Bréfritari: Soffía Daníelsdóttir
Viðtakandi: Jakobína Magnúsdóttir og Daníel Halldórsson
Dagsetning: A-1901-XX-XX
Skrifað á: Skeggjastöðum  N-Múl.
Soffía var dóttir Jakobínu og Daníels

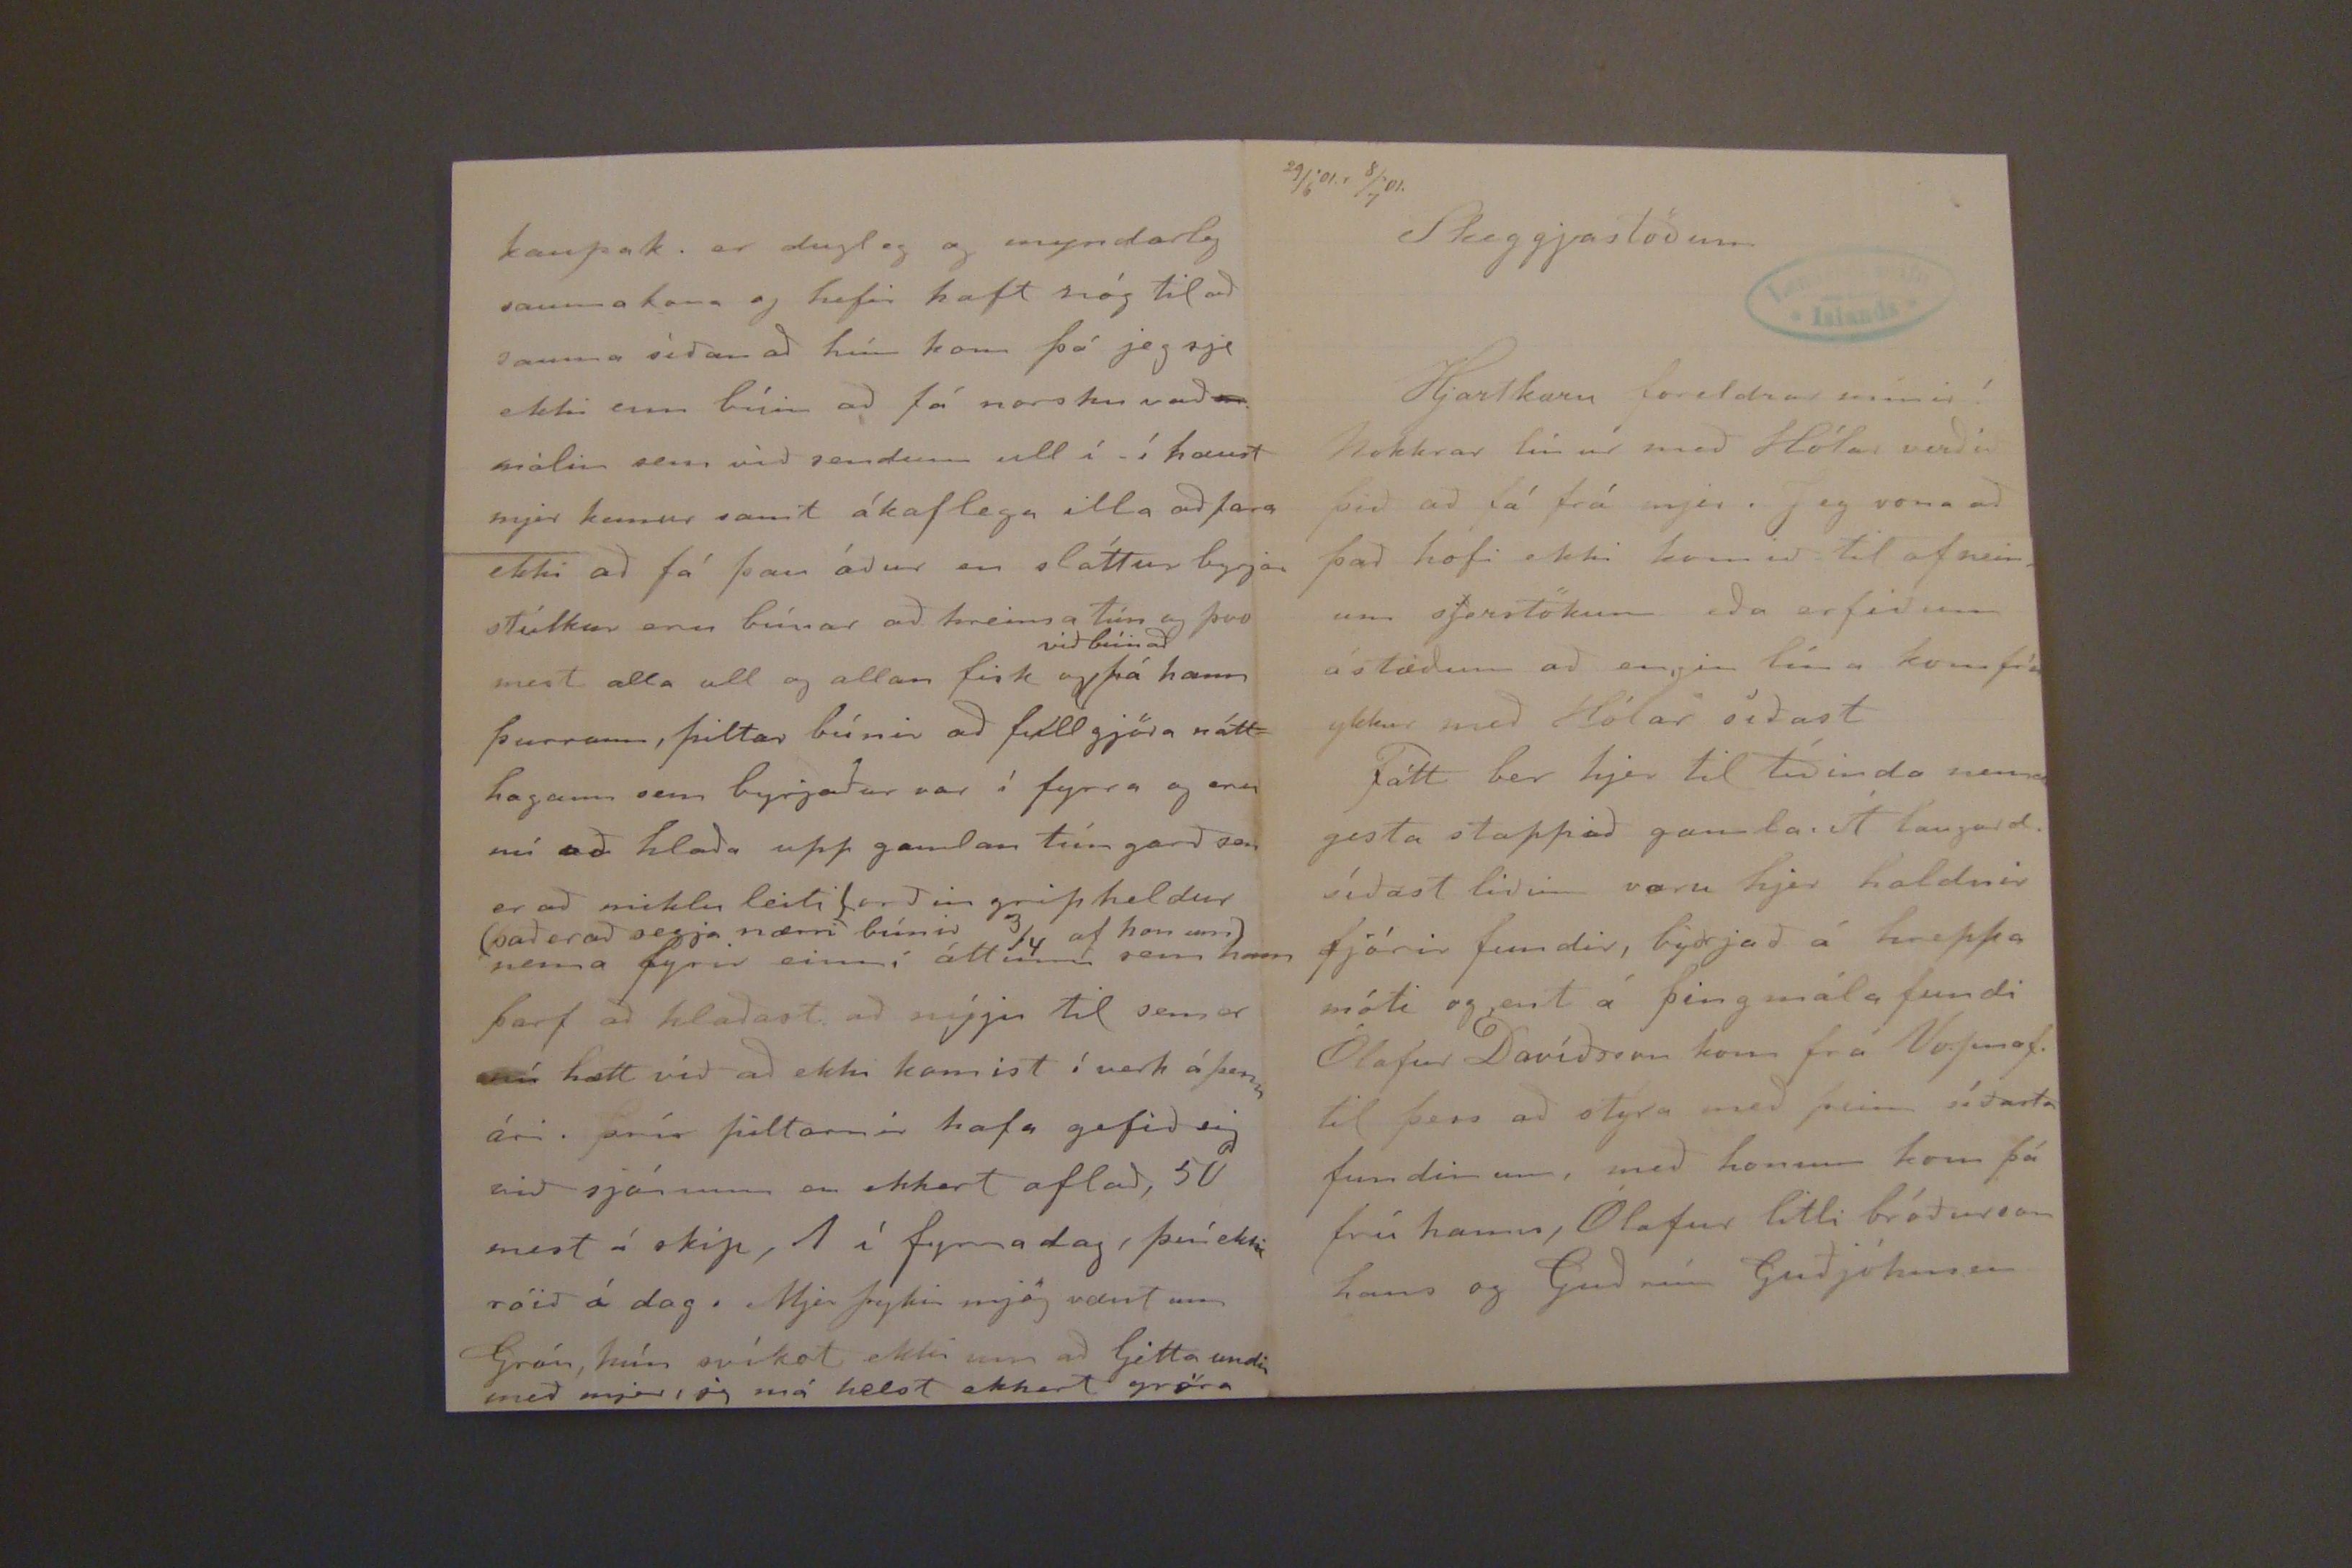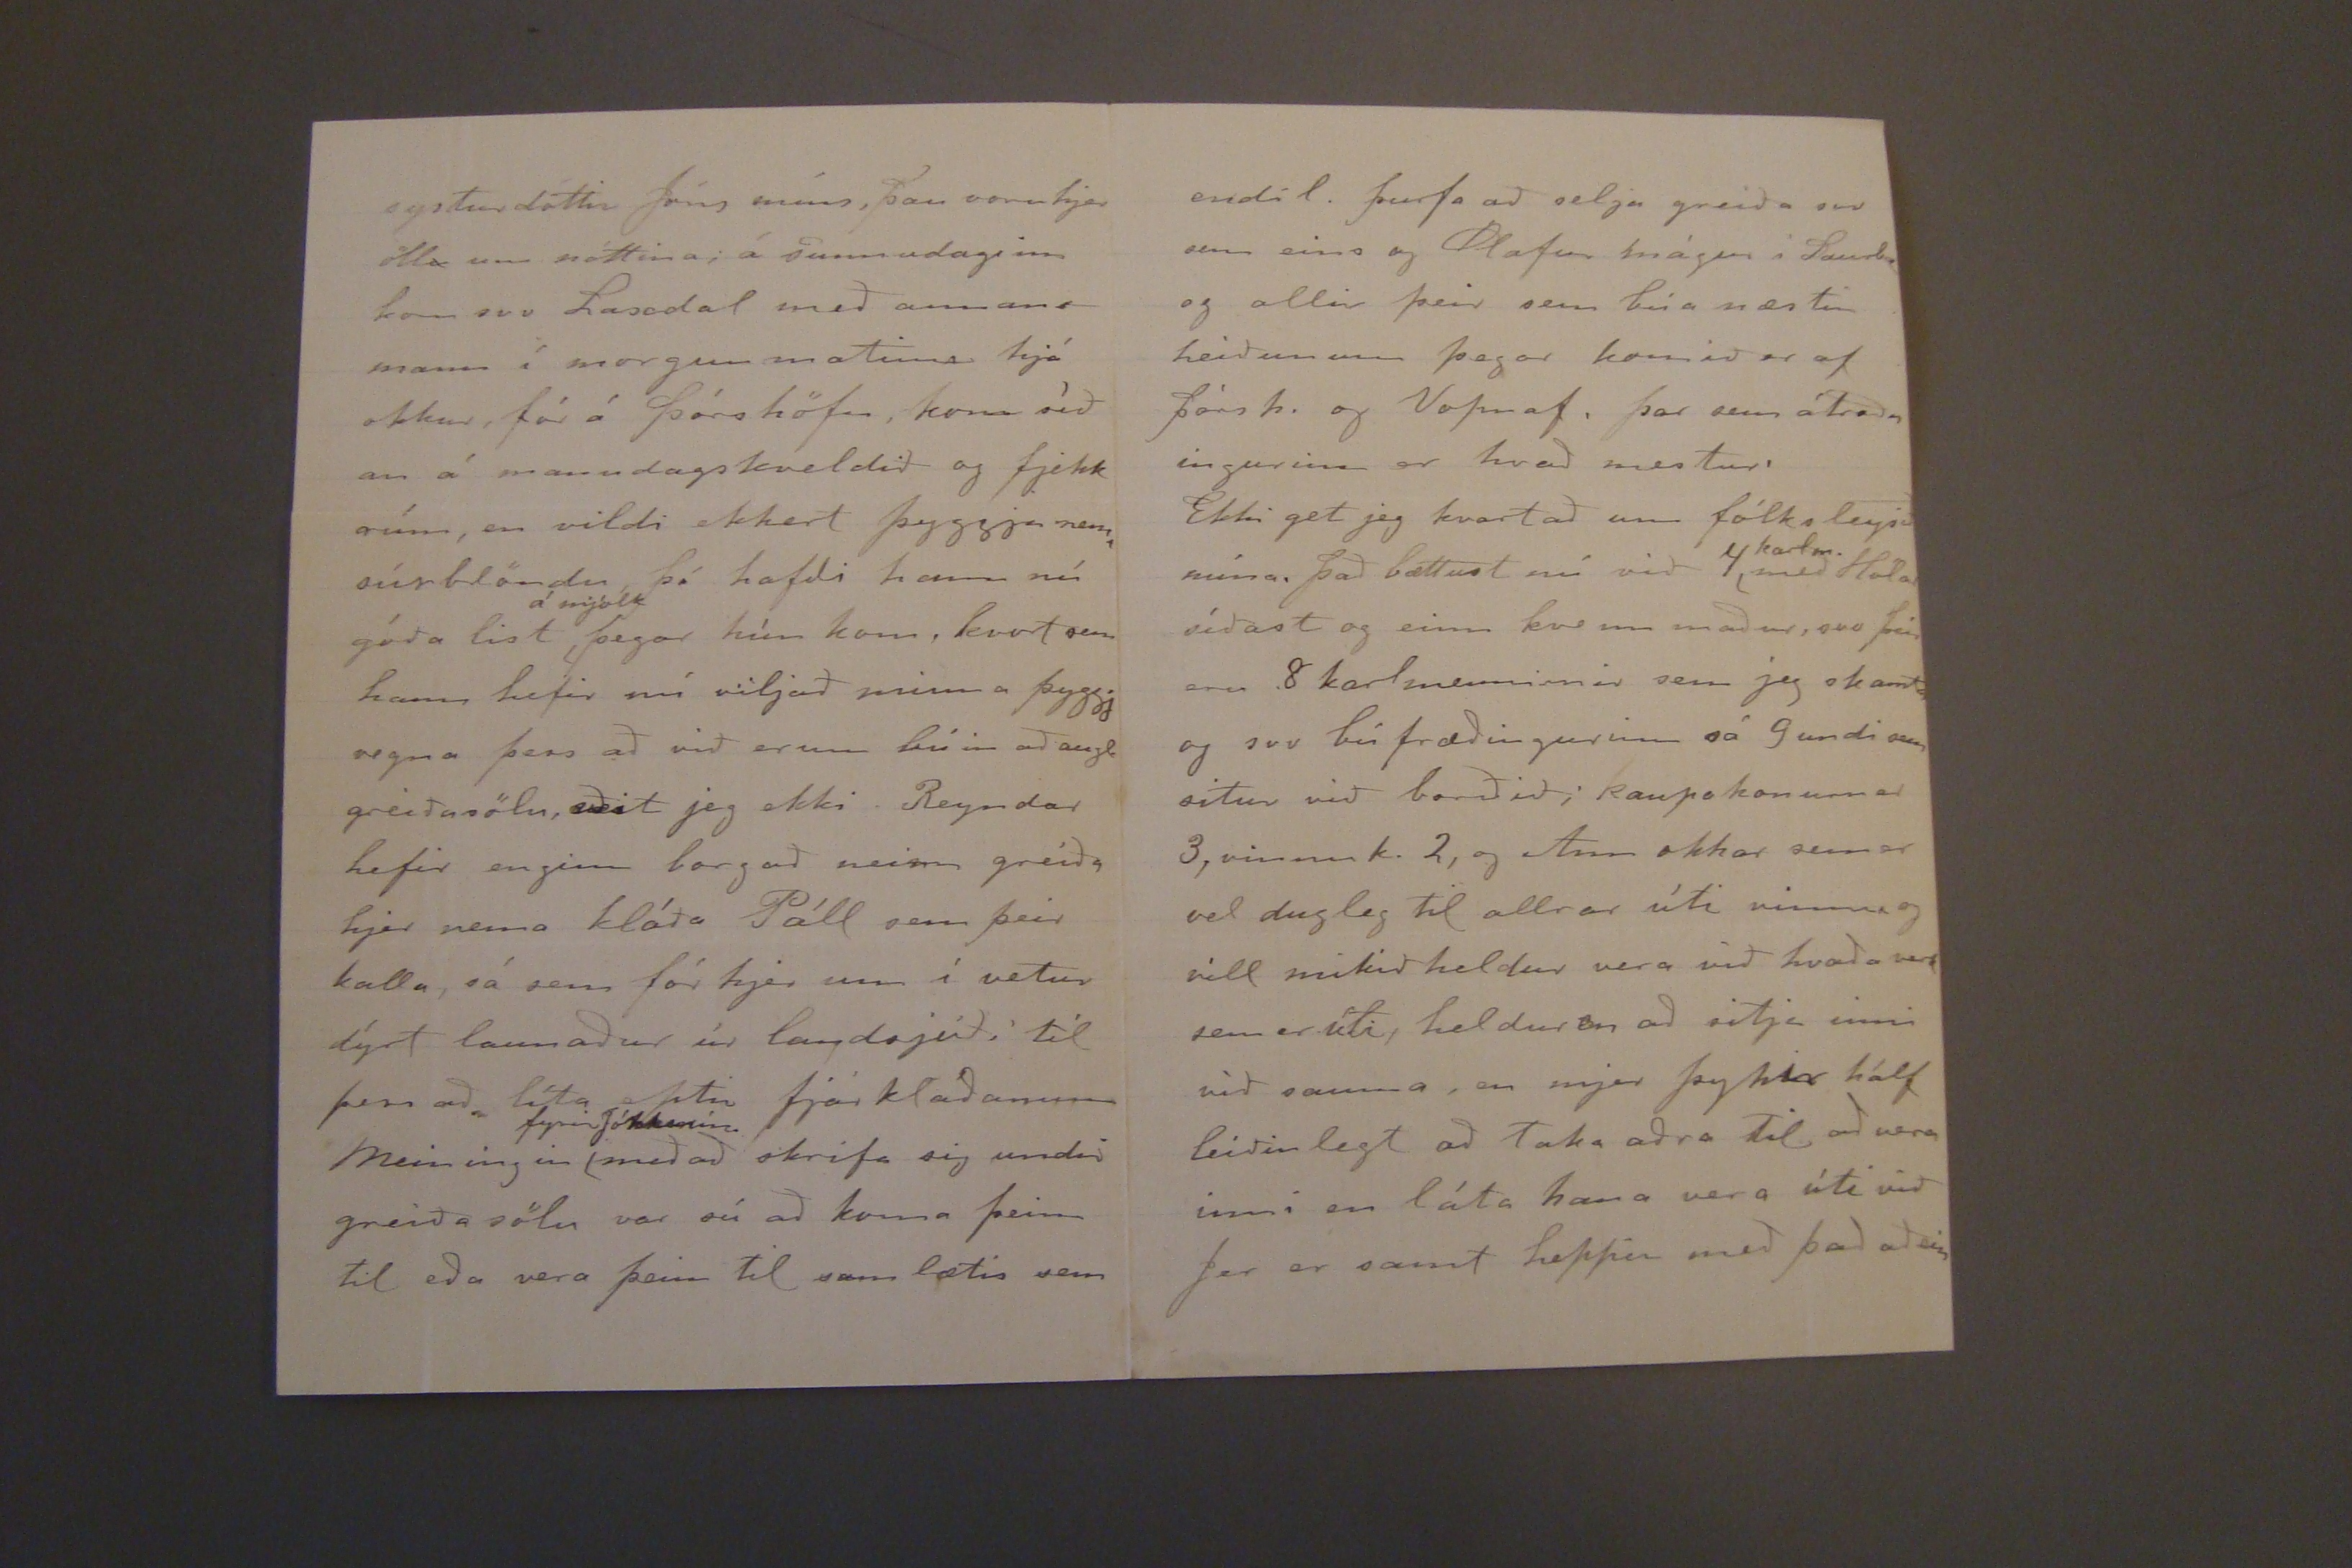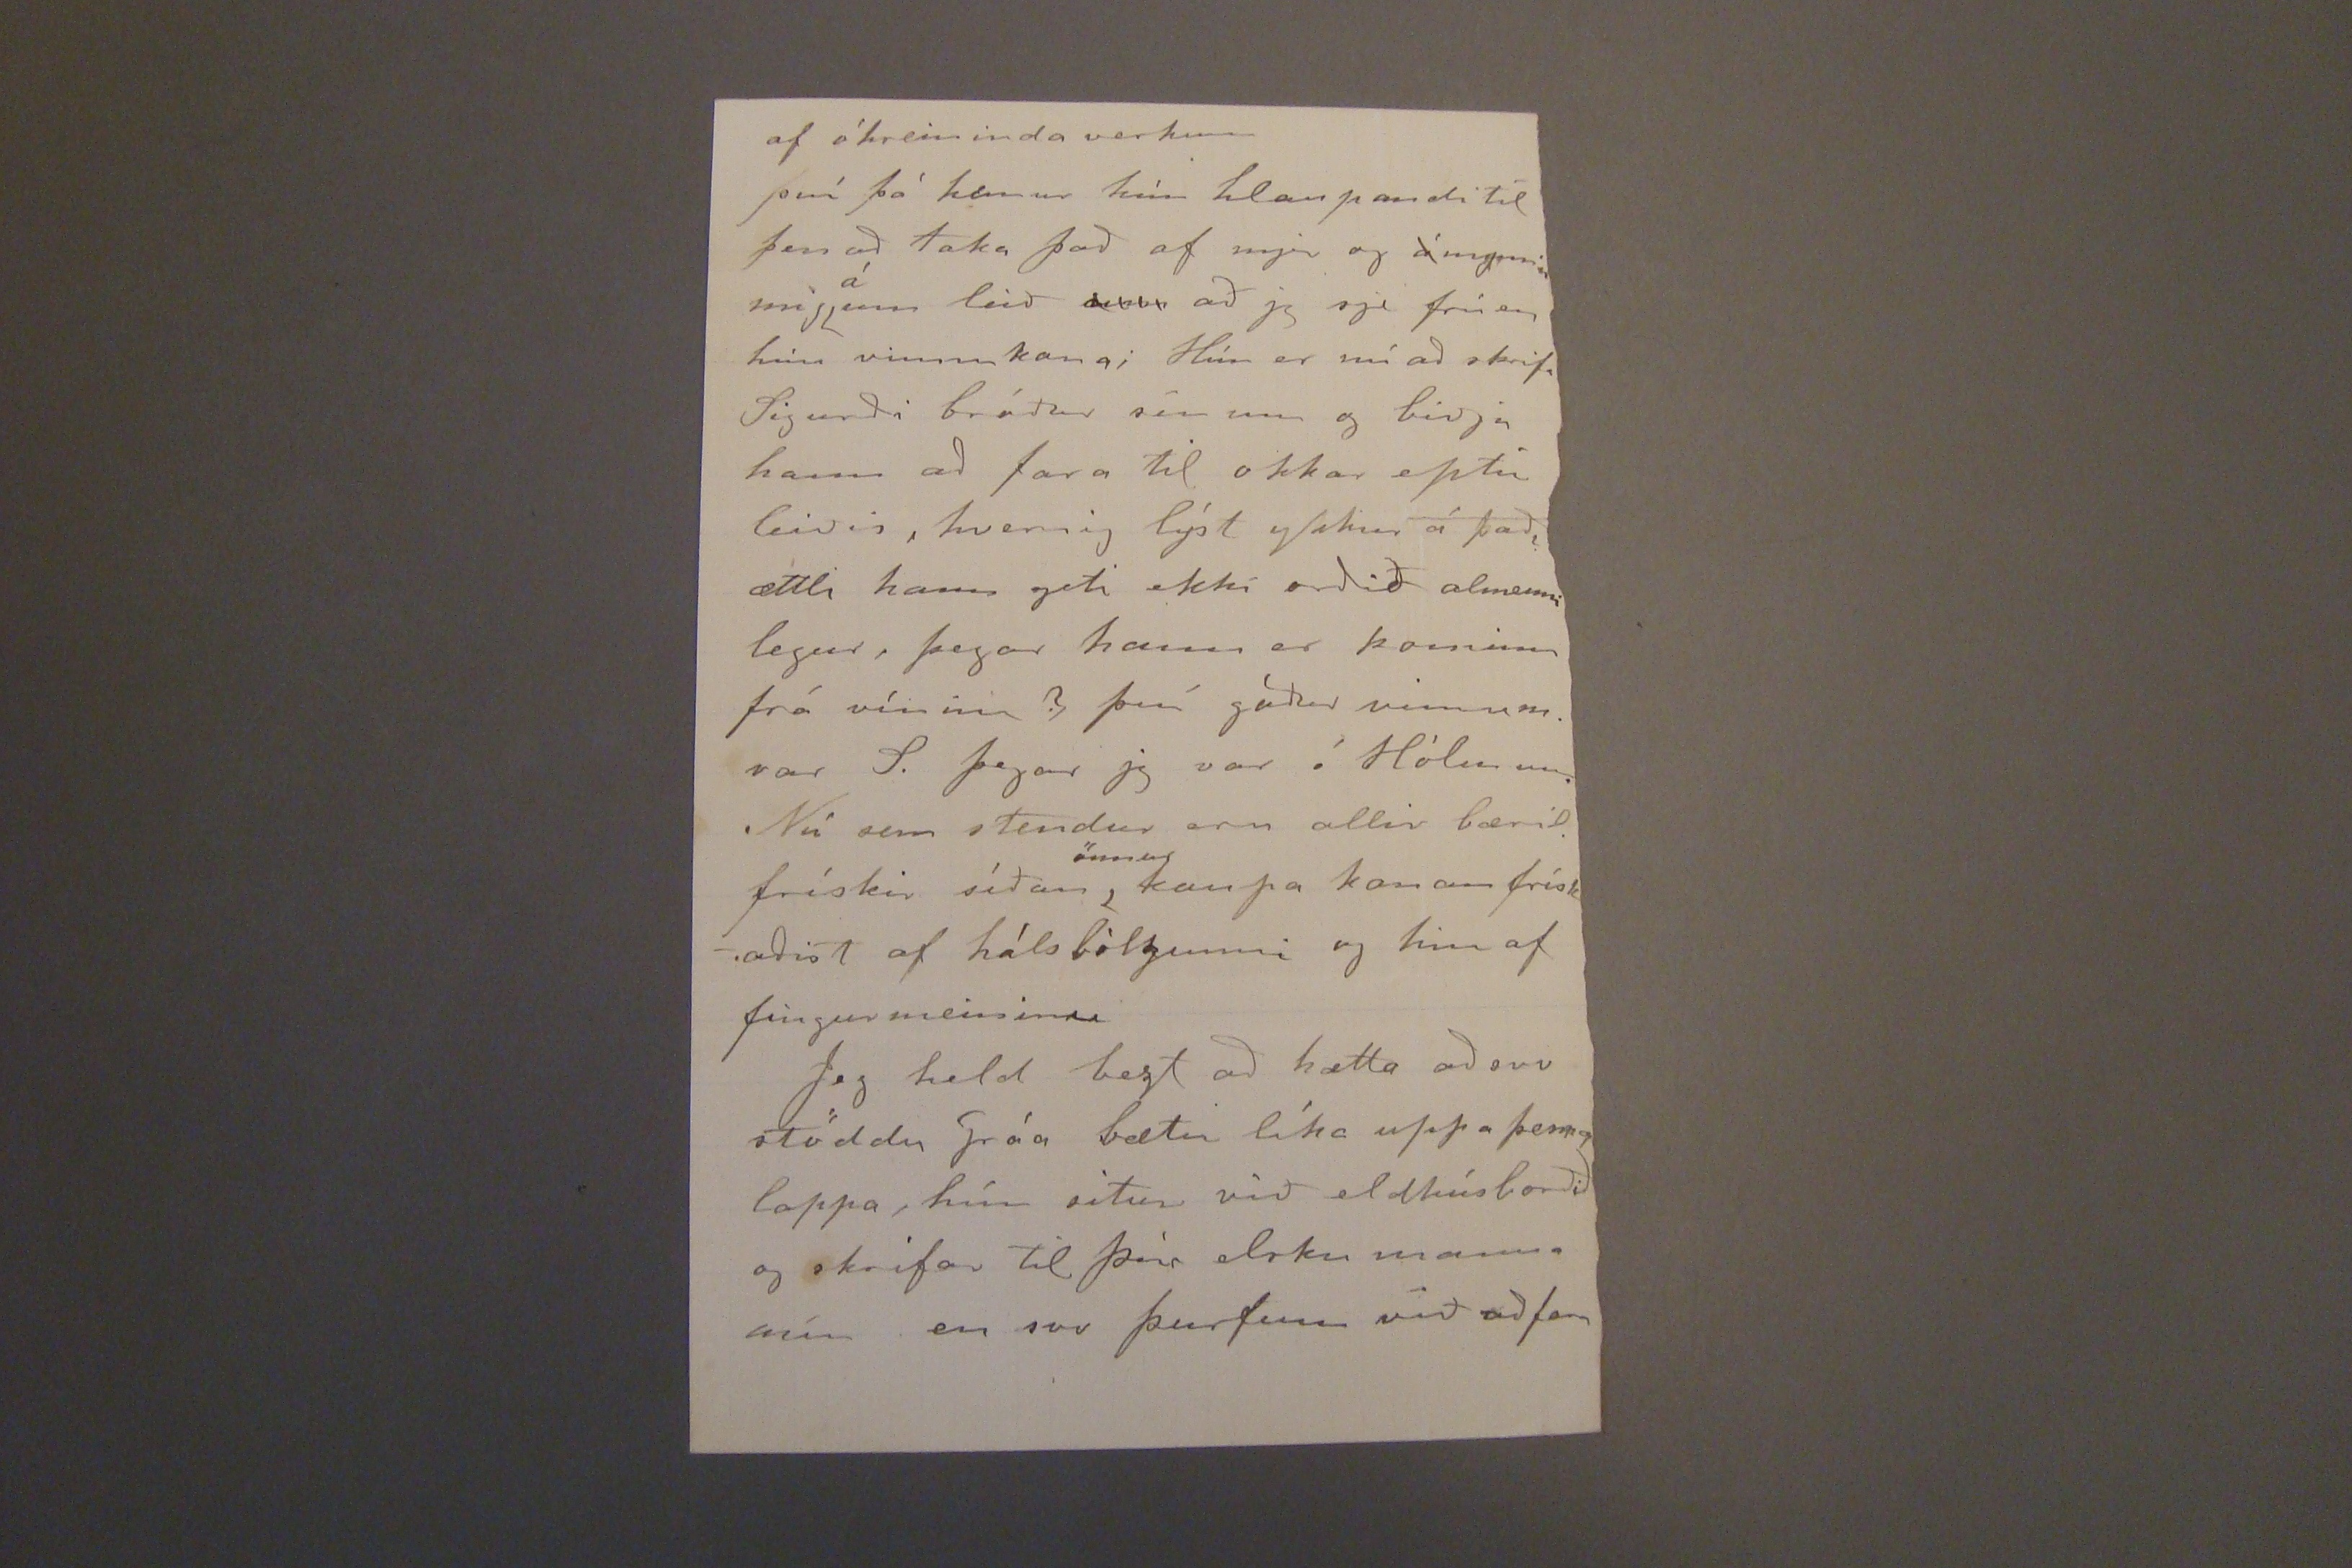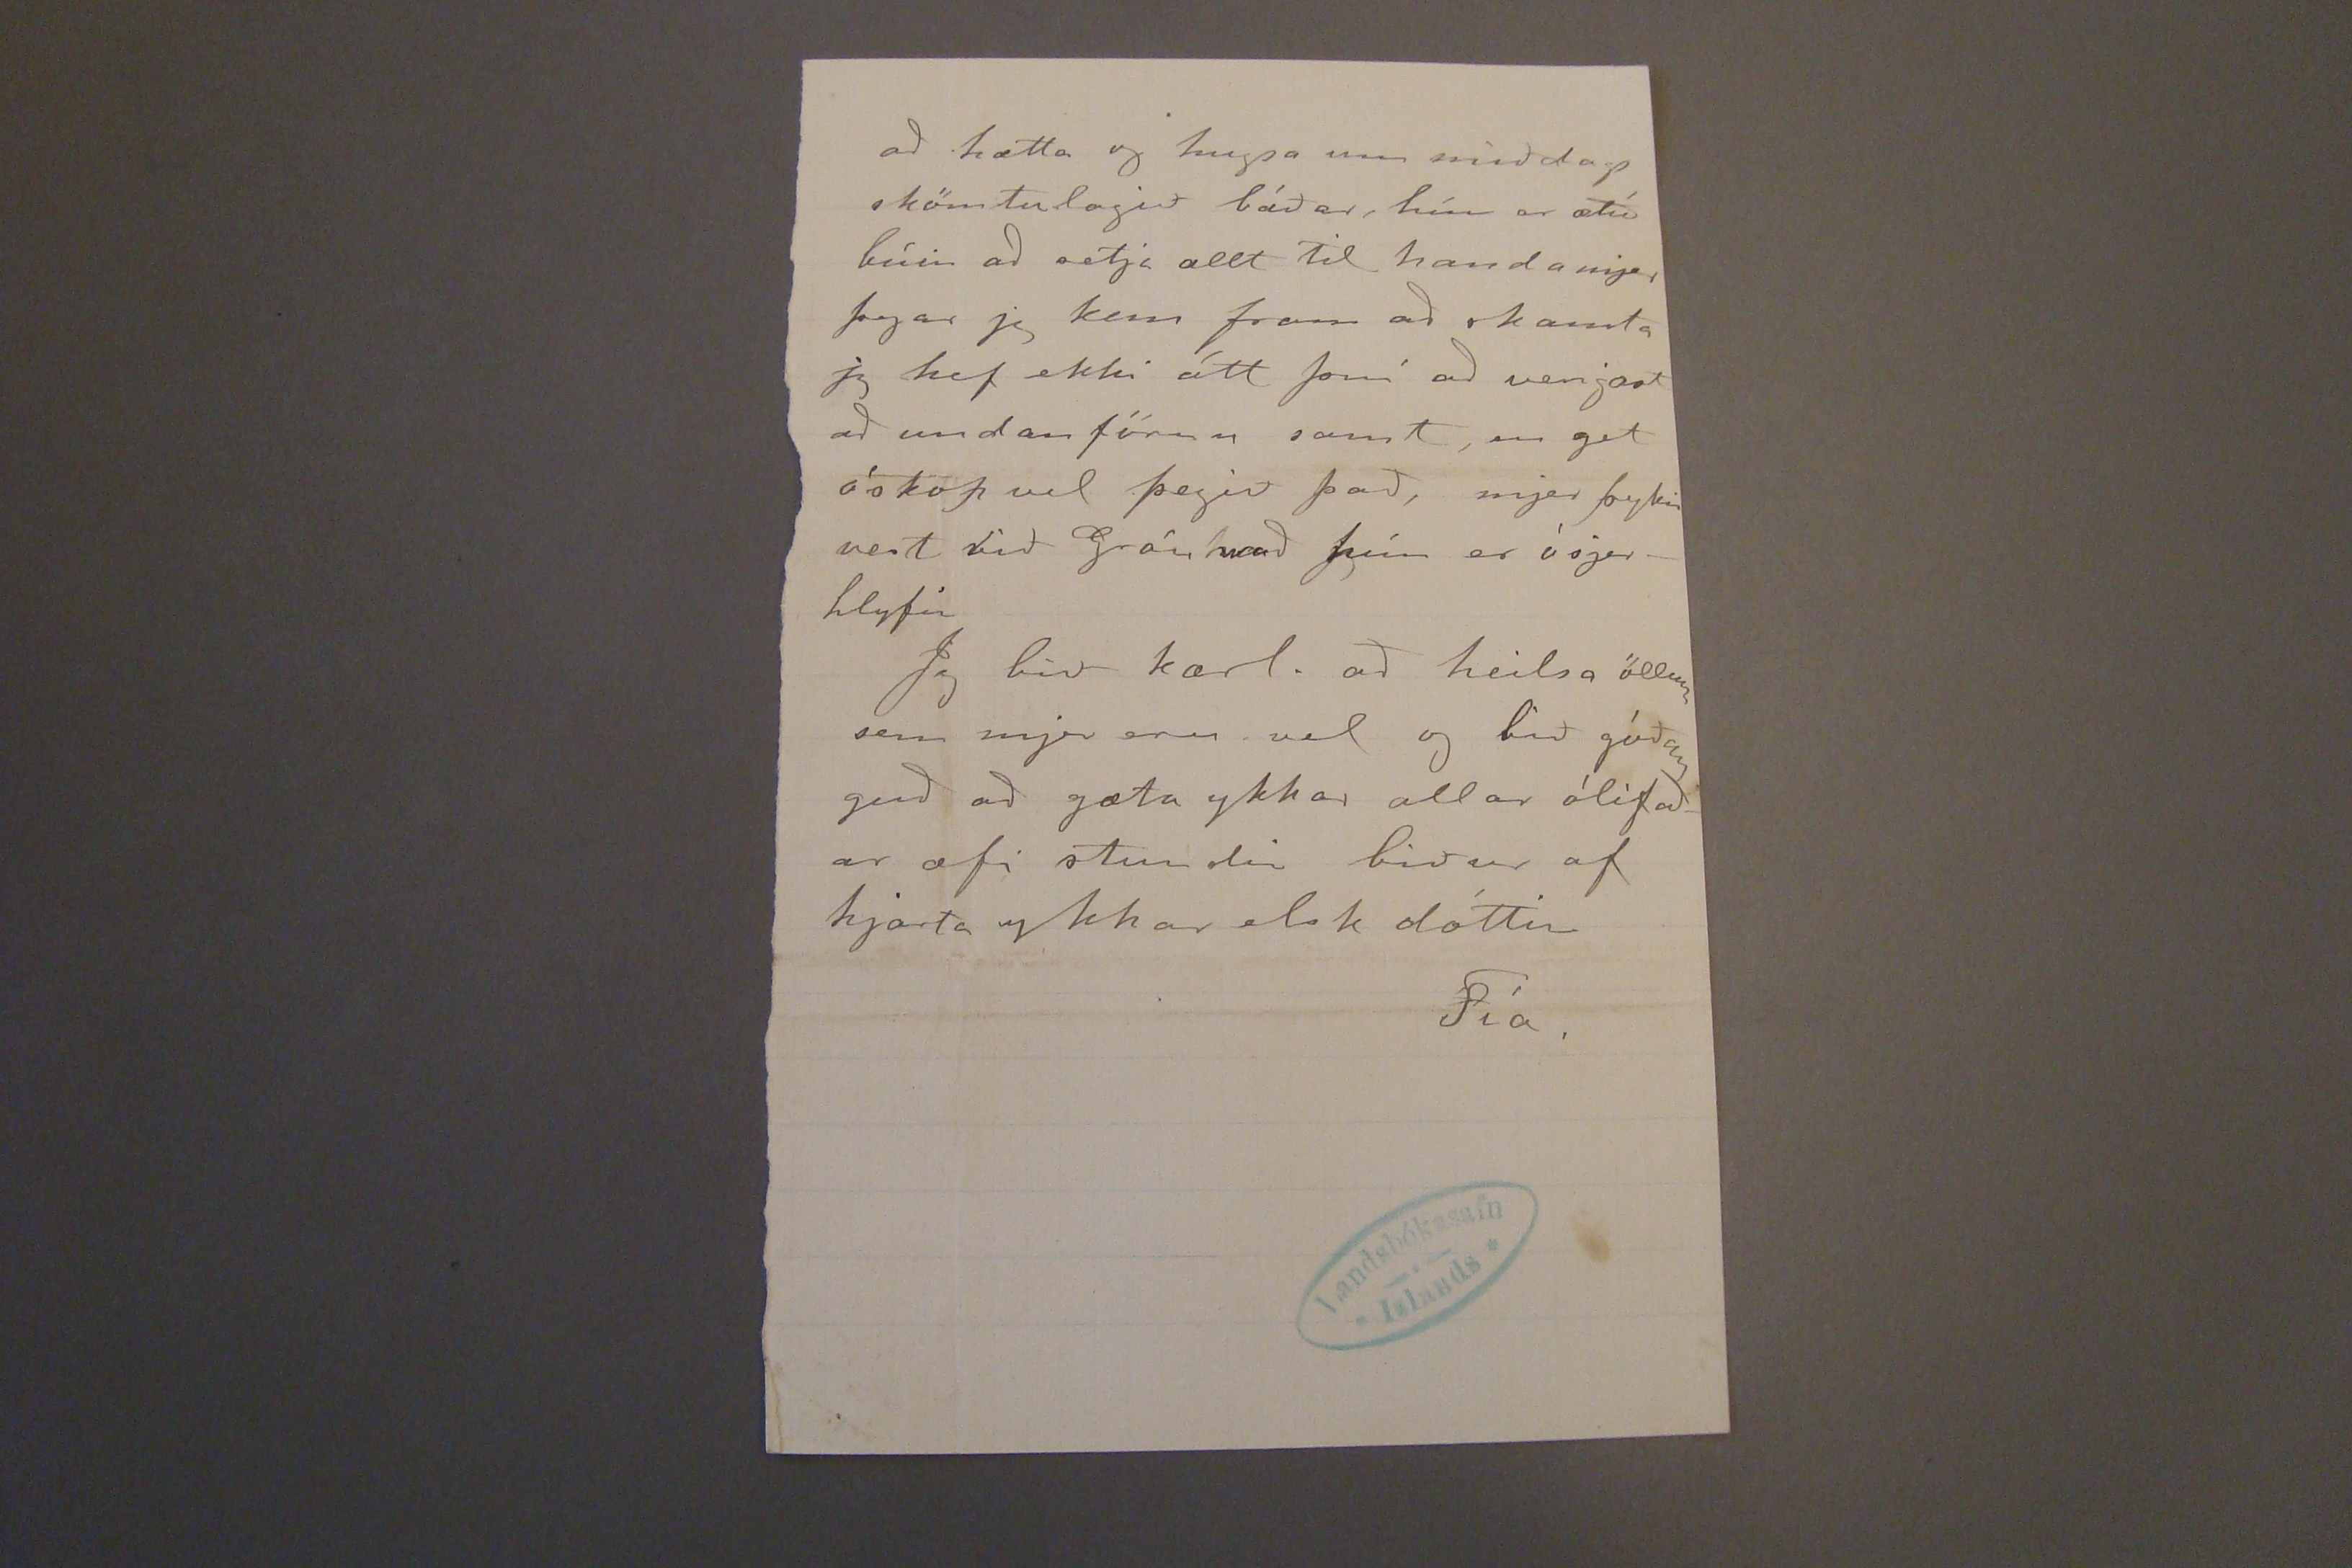

29/6'01.r 8/7'01.
Skeggjastöðum
Hjartkæru foreldrar mínir!
Nokkrar línur með Hólar verði þið að fá frá mjer. Jeg vona að það hafi ekki komið til af neinum sjerstökum eða erfiðum ástæðum að engin lína kom frá ykkur með Hólar síðast
Fátt ber hjer til tíðinda nema gesta stappað gamla. Á laugard. síðast liðinn væru haldnir fjórir fundir, byrjað á hreppa móti og ent á þingmálafundi Ólafur Davíðsson kom frá Vopnaf. til þess að stýra með þeim síðasta fundinum, með honum kom þá frú hans, Ólafur litli bróður son hans og Guðrún Guðjóhansen
systurdóttir Jóns míns, þau voru hjer oll
u
um nóttina; á sunnudaginn kom svo Laxdal með annan mann í morgun matinn hjá okkur fór á þórshöfn, kom síð an á manudagskveldið og fjekk rúm, en vildi ekkert þyggja nema súrböndu þó hafði hann nú góða list
á mjólk
þegar hún kom, kvot sem henni hefir nú viljað minna þygg vegna þess að við erum búin að augl. greiðasölu,
æðit
jeg ekki. Reyndar, hefir enginn borgað neinn greiða hjer nema kláða Páll sem þeir kalla, sá sem fór hjer um í vetur dýrt launaður úr landasjóði til þess að líta eptir fjárkláðanum Meiningin
fyrir
Jókkerin
með að skrifa sig undir greiða sölu var sú að koma þeim til eða vera þeim til sam lætis sem
kaupak. er dugleg og myndarleg saumakona og hefir haft nóg til að sauma síðan að hún kom þó jeg sje ekki enn búin að fá norsku vað málin sem við sendum ull í í haust mjer kemur samt ákaflega illa að fara ekki að fá þau áður en sláttur byrjar stúlkur eru búnar að hreinsa tún og þvo mest alla ull og allan fisk og
við búin að
fá hann þurrann, piltar búnir að fullgjöra nátt hagann sem byrjaður var í fyrra og eru nú að hlaða upp gamlan tún garð sem er að miklu leiti (það er að segja nærri búnir 3/4 af honum) orðin grip heldur nema fyrir einni áttinni sem hann þarf að hlaðast að nýju til sem er nú hætt við að ekki komist í verk á þessu ári. þrír piltarnir hafa gefið sig við sjónum en ekkert aflað, 50 mest á skip, 1 í fyrra dag, því ekki róið í dag. Mjer þykir mjög vænt um Gróu, hún svíkst ekki um að ljitta undir með mjer, og má helst ekkert gröra
endil. þurfa að selja greiða svo sem eins og Olafur mágur i Saurbæ og allir þeir sem búa næstir heiðunum þegar komið er af þórsh. og Vopnaf. þar sem átroðn ingurinn er hvað mestur.
Ekki get jeg kvartað um fólks leysið mína. það bættust nú við 4
karlm.
með Hólar síðast og einn kvennmaður, svo þeir eru 8 karlmennirnir sem jeg skamta og svo bú fræðingurinn sá Gundi sem situr við borðið; kaupakonurnar 3, vinnuk. 2, og Ann okkar semar vel dugleg til allrar úti vinnu og vill mikið heldur vera við hvaða verk sem er úti, heldur en að sitja inni við sauma, en mjer þykir hálf leiðinlegt að taka aðra til að vera inni en láta hana vera úti við þer er samt heppin með að ein
af óhreininda verkum
því þá kemur hún hlaupandi til þess að taka það af mjer og
á
mynnir mig
á
um leið
um
að jeg sje frú en hún vinnukona; Hún er nú að skrifa Sigurði bróður sínum og biðja hann að fara til okkar eptir leiðis, hvernig lýst ykkur á það, ættli hann geti ekki orðið almenni legur, þegar hann er kominn frá víninu
3
því góður vinnum. var S. þegar jeg var í Hólum Nú sem stendur eru allir bæril. frískir síðan
önnur
kaupa konan frískaðist af hálsbólgunni og hin af fingur meininu
Jeg held bezt að hætta að svo stöddu Gróa bætir líka uppa þenna lappa, hún situr við eldhúsborðið og skrifar til þín elsku mama mín en svo þurfum við að fara
að hætta og hugsa um miðdags skömtulagið báðar, hún er ætíð búin að setja allt til handa mjer þegar jeg kem fram að skamta jeg hef ekki átt því að venjast að undanförnu samt, en get óskop vel þegið það, mjer þykir vert við Gróu hvað hún er ósjerhlyfir
Jeg bið kærl. að heilsa öllum sem mjer eru vel og bið góðan guð að gæta ykkar allar ólifaðar æfi stundir biður af hjarta ykkar elsk dóttir
Fía.